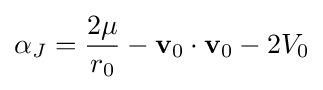
\alpha _{J}={\frac {2\mu }{r_{0}}}-\mathbf {v} _{0}\cdot \mathbf {v} _{0}-2V_{0}